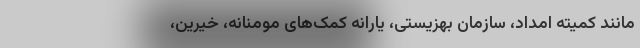
مانند کمیته امداد، سازمان بهزیستی، یارانه کمک‌های مومنانه، خیرین،